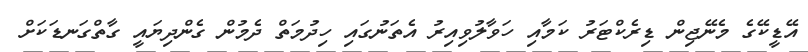
އޭޑީކޭގެ މެނޭޖިން ޑިރެކްޓަރު ކަމާއި ހަވާލުވިއިރު އެތަނުގައި ހިދުމަތް ދެމުން ގެންދިޔައީ ގާތްގަނޑަކަށް